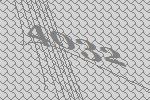
4032